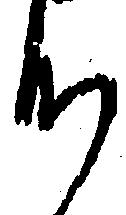
心